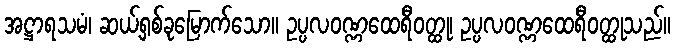
အဋ္ဌာရသမံ၊ ဆယ့်ရှစ်ခုမြောက်သော။ ဥပ္ပလဝဏ္ဏထေရီဝတ္ထု၊ ဥပ္ပလဝဏ္ဏထေရီဝတ္ထုသည်။